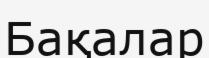
Бақалар